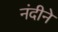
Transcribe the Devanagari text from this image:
नंदीने